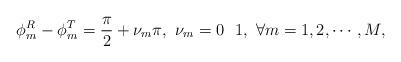
LaTeX: \begin{align*} \phi^R_m - \phi^T_m = \frac{\pi}{2} + \nu_m\pi, \ \nu_m=0\ \ 1, \ \forall m=1,2,\cdots,M,\end{align*}